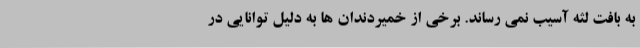
به بافت لثه آسیب نمی رساند. برخی از خمیردندان ها به دلیل توانایی در